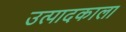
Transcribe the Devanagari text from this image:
उत्पादकाला